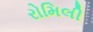
રોમિલી